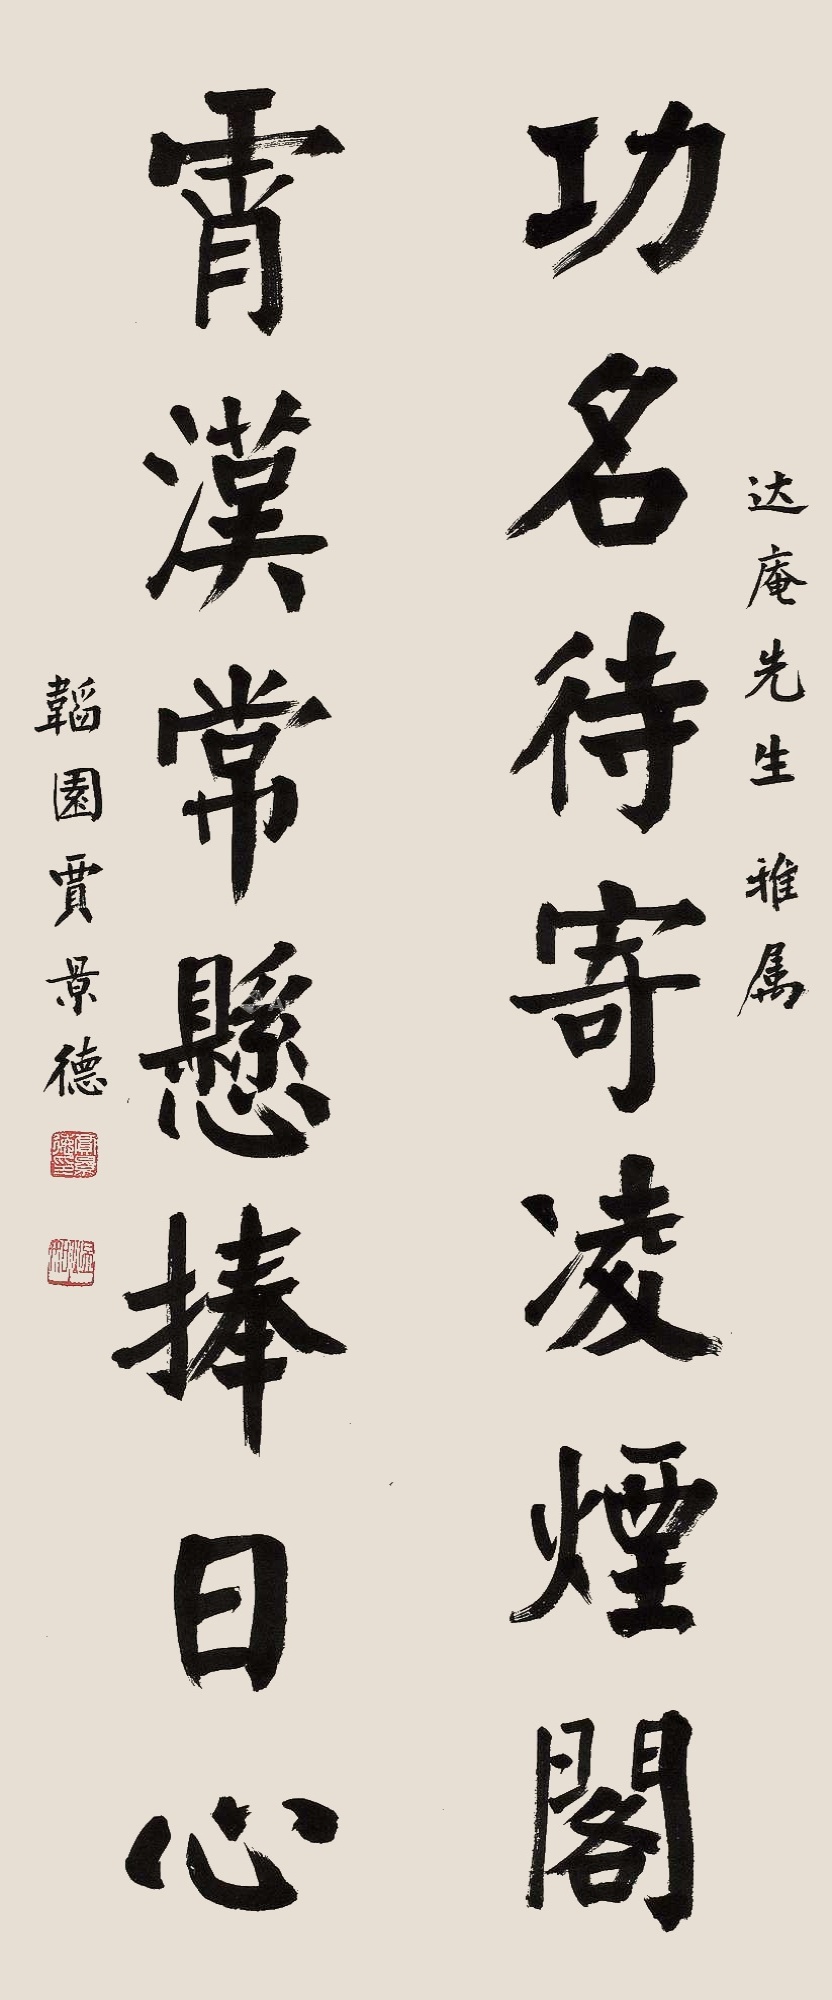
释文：功名待寄凌烟阁，宵汉常悬捧日心。达庵先生雅属，韬园贾景德。